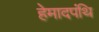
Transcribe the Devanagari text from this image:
हेमादपंथि